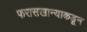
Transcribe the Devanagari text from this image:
फरासखान्याकडून